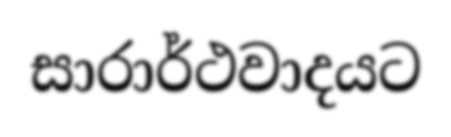
සාරාර්ථවාදයට